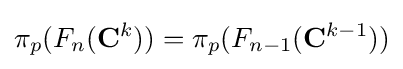
\pi _{p}(F_{n}(\mathbf {C} ^{k}))=\pi _{p}(F_{n-1}(\mathbf {C} ^{k-1}))